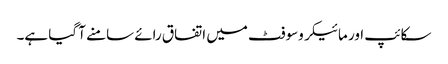
سکائپ اور مائیکروسوفٹ میں اتفاق رائے سامنے آ گیا ہے۔